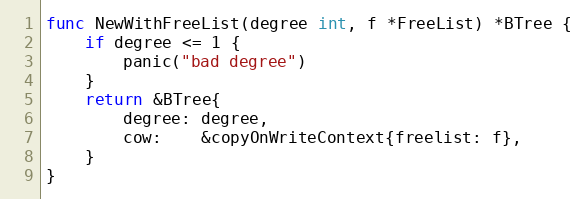
Language: Go
func NewWithFreeList(degree int, f *FreeList) *BTree {
	if degree <= 1 {
		panic("bad degree")
	}
	return &BTree{
		degree: degree,
		cow:    &copyOnWriteContext{freelist: f},
	}
}